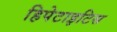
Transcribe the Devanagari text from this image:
हिपेटाइटिस